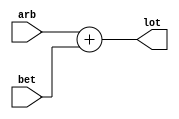
module unsignedadder (arb,bet,lot);
input [2:0] arb,bet;
output [2:0] lot;
assign lot =arb+bet;
endmodule